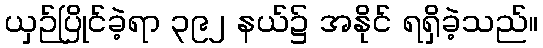
ယှဉ်ပြိုင်ခဲ့ရာ ၃၉၂ နယ်၌ အနိုင် ရရှိခဲ့သည်။